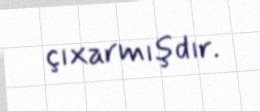
çıxarmışdır.